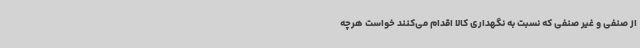
از صنفی و غیر صنفی که نسبت به نگهداری کالا اقدام می‌کنند خواست هرچه